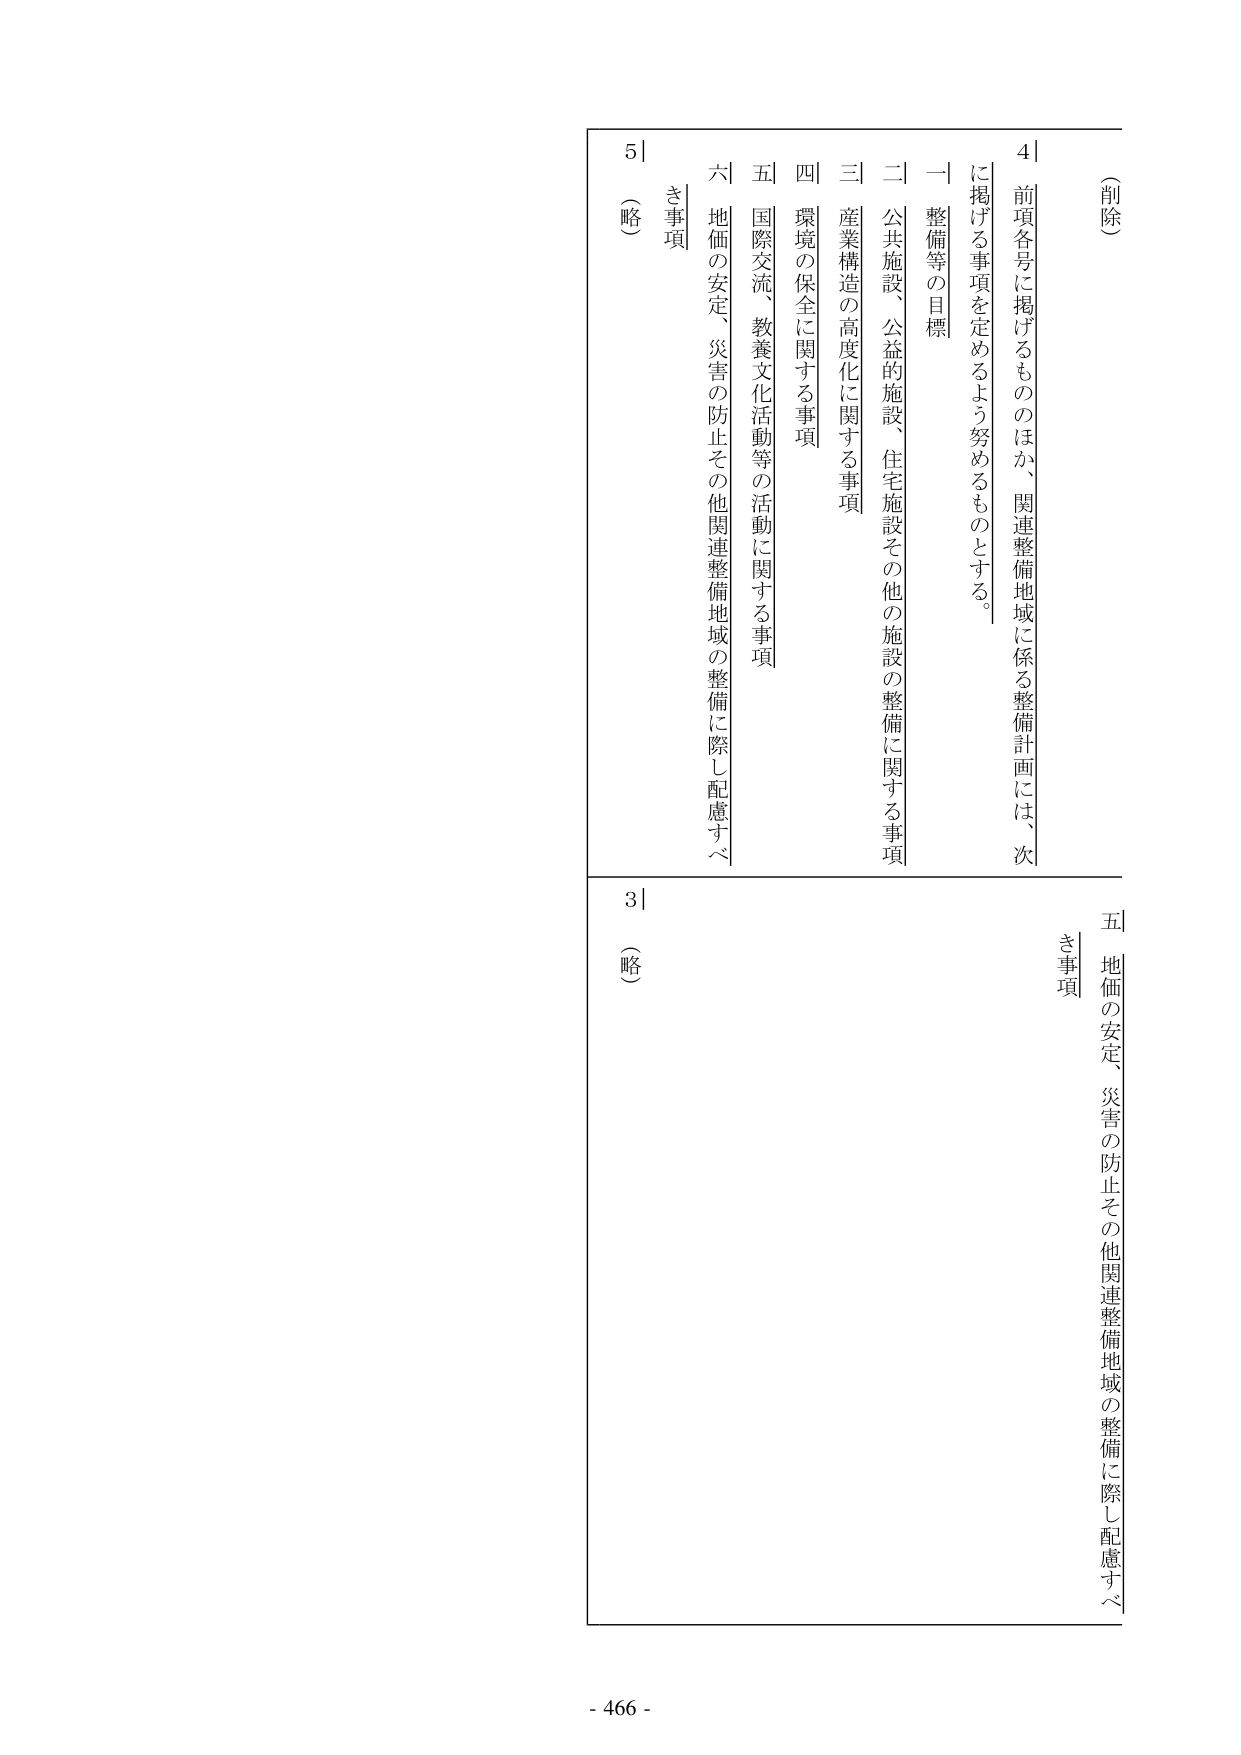
（削除）

4｜
前項各号に掲げるもののほか、関連整備地域に係る整備計画には、次
に掲げる事項を定めるよう努めるものとする。
一 整備等の目標
二 公共施設、公益的施設、住宅施設その他の施設の整備に関する事項
三 産業構造の高度化に関する事項
四 環境の保全に関する事項
五 国際交流、教養文化活動等の活動に関する事項
六 地価の安定、災害の防止その他関連整備地域の整備に際し配慮すべ
き事項
（略）

5｜
（略）

3｜
（略）

五 地価の安定、災害の防止その他関連整備地域の整備に際し配慮すべ
き事項

- 466 -